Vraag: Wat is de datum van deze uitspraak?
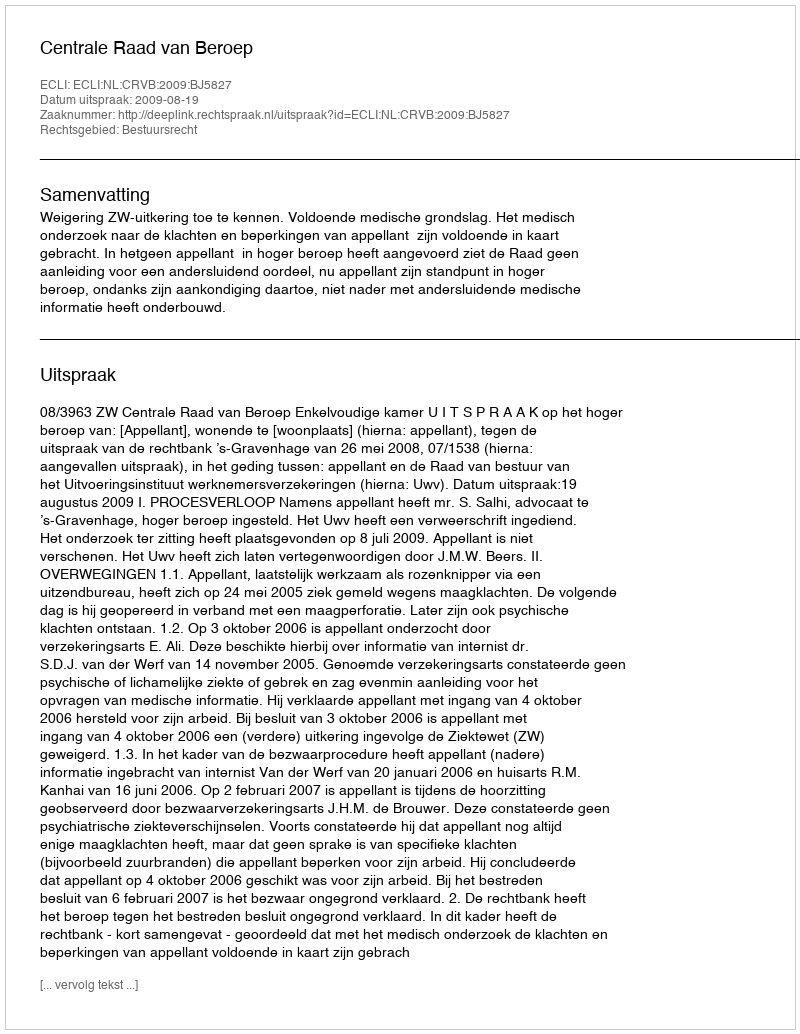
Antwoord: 2009-08-19